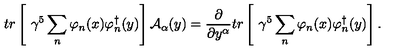
t r \left[ \ \gamma ^ { 5 } \sum _ { n } \varphi _ { n } ( x ) \varphi _ { n } ^ { \dag } ( y ) \right] { \cal A } _ { \alpha } ( y ) = \frac { \partial } { \partial y ^ { \alpha } } t r \left[ \ \gamma ^ { 5 } \sum _ { n } \varphi _ { n } ( x ) \varphi _ { n } ^ { \dag } ( y ) \right] .